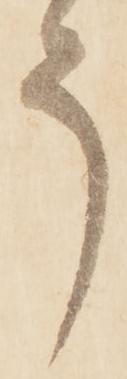
う